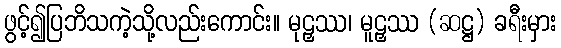
ဖွင့်၍ပြဘိသကဲ့သို့လည်းကောင်း။ မုဠှဿ၊ မူဠှဿ (ဆဋ္ဌ) ခရီးမှား